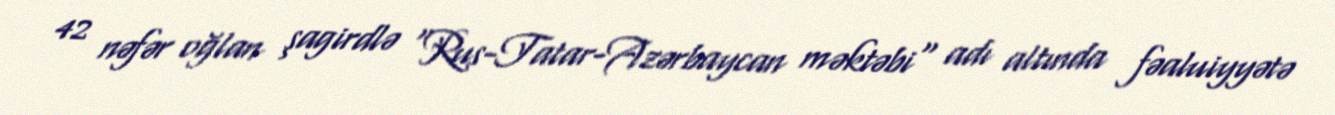
42 nəfər oğlan şagirdlə "Rus-Tatar-Azərbaycan məktəbi" adı altında fəaluiyyətə